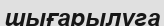
шығарылуга